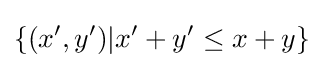
\{(x',y')|x'+y'\leq x+y\}